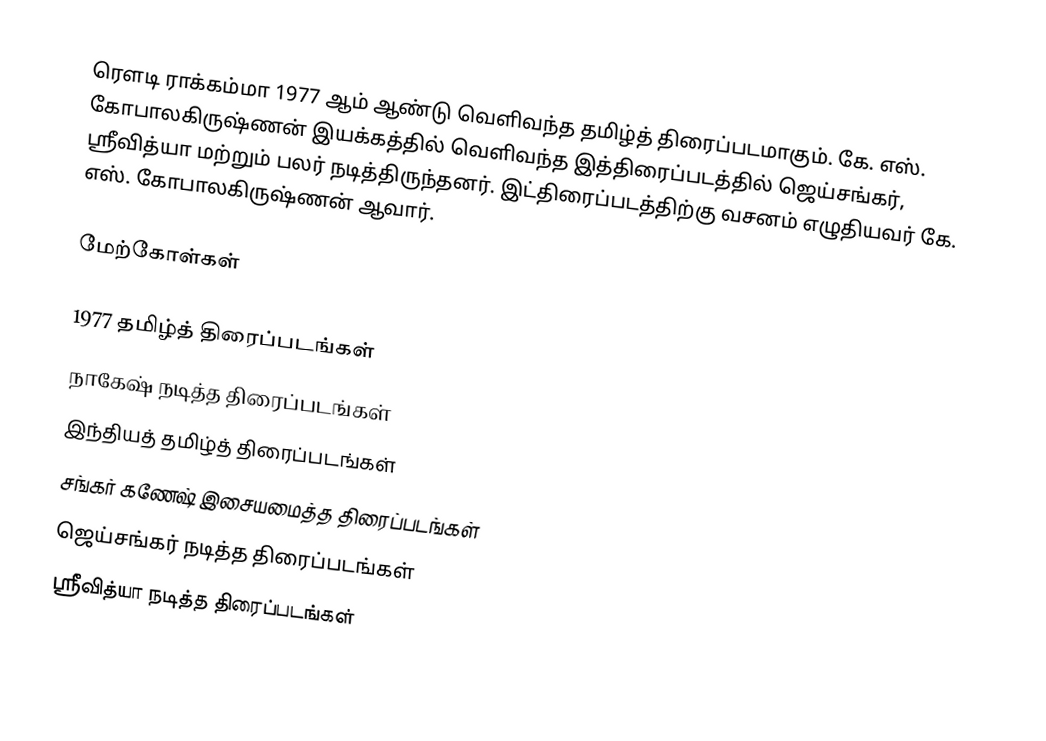
ரௌடி ராக்கம்மா 1977 ஆம் ஆண்டு வெளிவந்த தமிழ்த் திரைப்படமாகும். கே. எஸ். கோபாலகிருஷ்ணன் இயக்கத்தில் வெளிவந்த இத்திரைப்படத்தில் ஜெய்சங்கர், ஸ்ரீவித்யா மற்றும் பலர் நடித்திருந்தனர். இட்திரைப்படத்திற்கு வசனம் எழுதியவர் கே. எஸ். கோபாலகிருஷ்ணன் ஆவார்.

மேற்கோள்கள்

1977 தமிழ்த் திரைப்படங்கள்
நாகேஷ் நடித்த திரைப்படங்கள்
இந்தியத் தமிழ்த் திரைப்படங்கள்
சங்கர் கணேஷ் இசையமைத்த திரைப்படங்கள்
ஜெய்சங்கர் நடித்த திரைப்படங்கள்
ஸ்ரீவித்யா நடித்த திரைப்படங்கள்